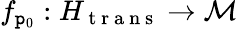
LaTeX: f_{\mathtt{p}_{0}}:H_{\mathrm{{~t~r~a~n~s~}}}\to\mathcal{{M}}